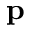
\mathbf { p }